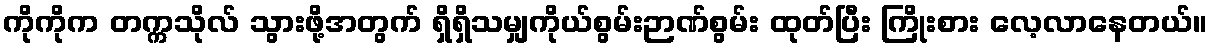
ကိုကိုက တက္ကသိုလ် သွားဖို့အတွက် ရှိရှိသမျှကိုယ်စွမ်းဉာဏ်စွမ်း ထုတ်ပြီး ကြိုးစား လေ့လာနေတယ်။